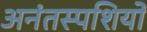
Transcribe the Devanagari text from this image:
अनंतस्पशियों